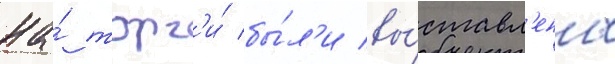
На́ торг'и́ бы́л'и вы́ставл'ены